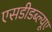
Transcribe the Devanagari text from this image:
एसडीडब्ल्यूए